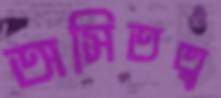
অসিতত্ব